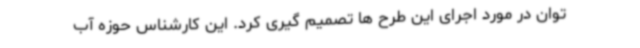
توان در مورد اجرای این طرح ها تصمیم گیری کرد. این کارشناس حوزه آب